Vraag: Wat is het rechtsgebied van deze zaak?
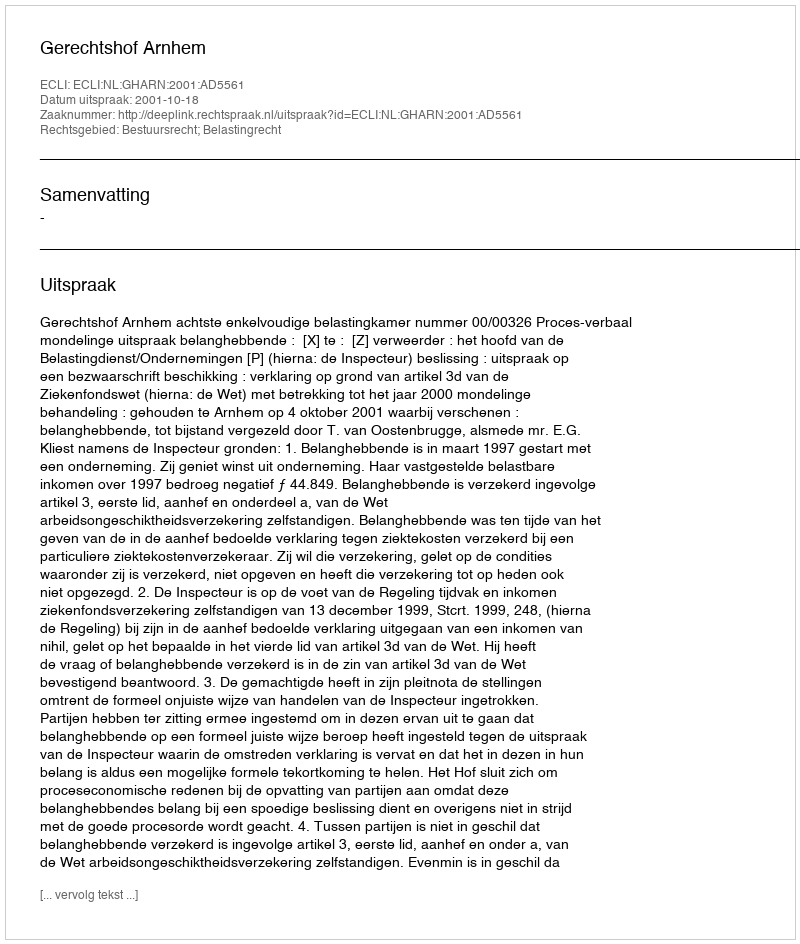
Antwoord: Bestuursrecht; Belastingrecht